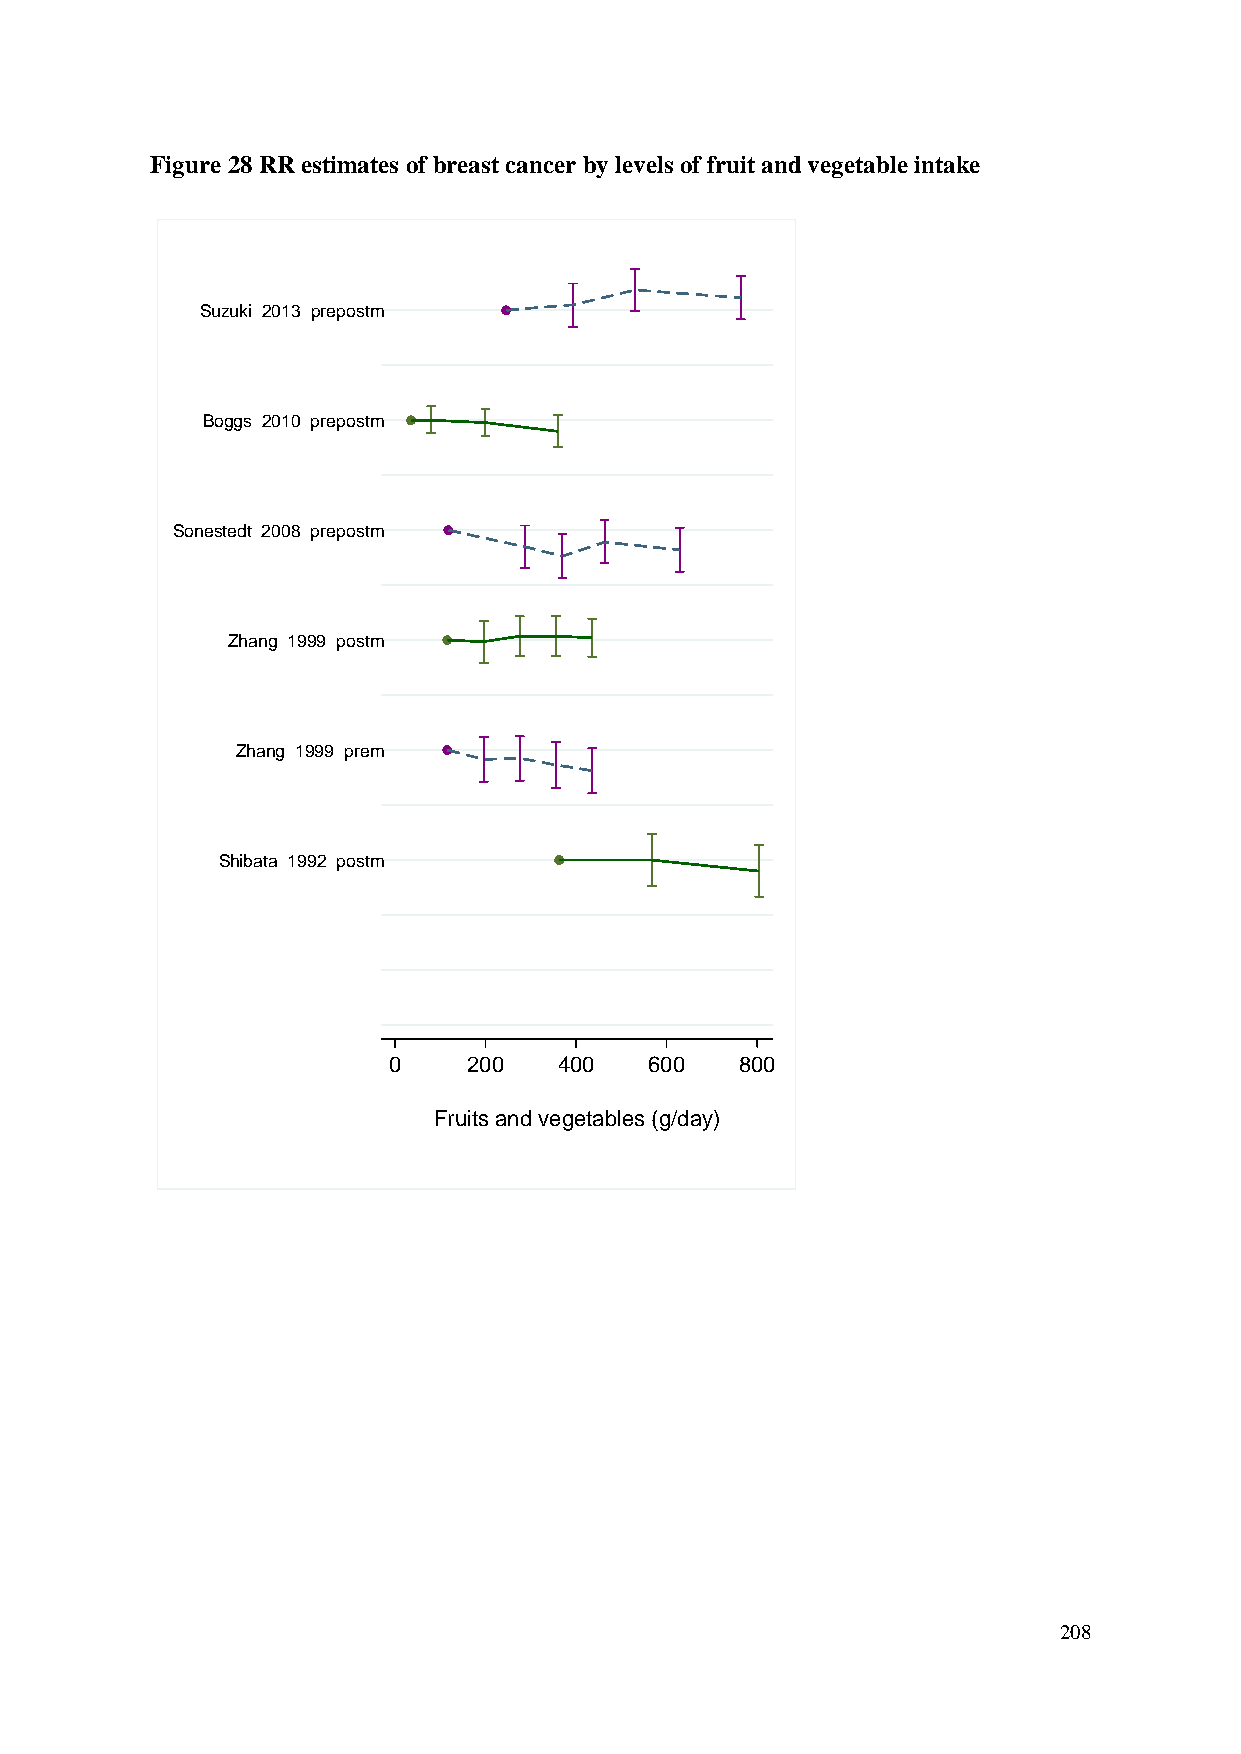
Figure 28 RR estimates of breast cancer by levels of fruit and vegetable intake
 Suzuki 2013 prepostm
 Boggs 2010 prepostm
 Sonestedt 2008 prepostm
 Zhang 1999 postm
 Zhang 1999 prem
 Shibata 1992 postm
 0    200   400   600   800
 Fruits and vegetables (g/day)
 208